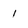
Character: 1